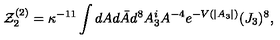
{ \cal Z } _ { 2 } ^ { ( 2 ) } = \kappa ^ { - 1 1 } \int d A d \bar { A } d ^ { 8 } A _ { 3 } ^ { i } A ^ { - 4 } e ^ { - V ( | A _ { 3 } | ) } ( J _ { 3 } ) ^ { 8 } ,